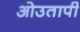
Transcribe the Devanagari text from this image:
ओउतापी